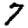
Digit: 7